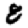
Digit: 8